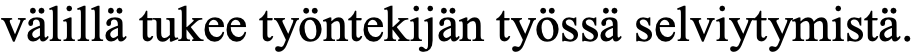
välillä tukee työntekijän työssä selviytymistä.